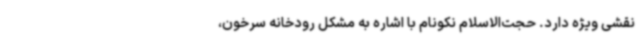
نقشی ویژه دارد. حجت‌الاسلام نکونام با اشاره به مشکل رودخانه سرخون،